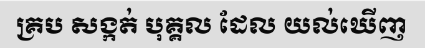
គ្រប សង្កត់ បុគ្គល ដែល យល់ឃើញ